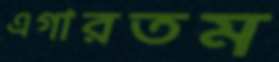
এগারতম